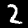
Digit: 2